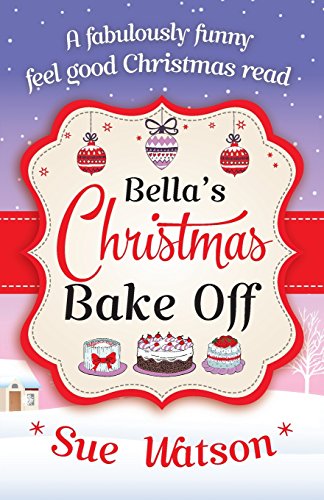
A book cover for Bella's Christmas Bake Off: A fabulously funny, feel good Christmas read; Sue Watson; Romance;